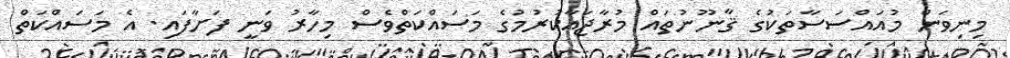
މިނިވަން މުއައްސަސާތަކުގެ ޤާނޫނުތައް މުރާޖަޢާކުރުމުގެ މަސައްކަތްވެސް މިހާރު ވަނީ ފަށާފައި. އެ މަސައްކަތް